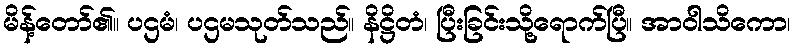
မိန့်တော်၏။ ပဌမံ၊ ပဌမသုတ်သည်။ နိဋ္ဌိတံ၊ ပြီးခြင်းသို့ရောက်ပြီ။ အာဝါသိကော၊